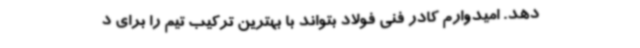
دهد. امیدوارم کادر فنی فولاد بتواند با بهترین ترکیب تیم را برای د